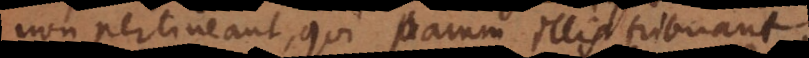
non pertineant, qui parum illis tribuant.